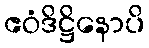
ဧဝံဒိဋ္ဌိနောပိ